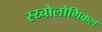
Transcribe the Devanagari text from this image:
स्य्चोलोगिकल